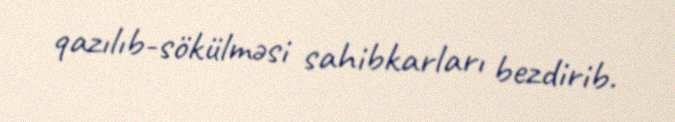
qazılıb-sökülməsi sahibkarları bezdirib.